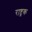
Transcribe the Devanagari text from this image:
राष्ट्रक